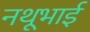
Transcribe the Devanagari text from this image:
नथूभाई